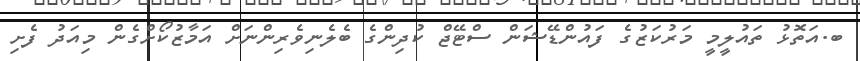
ބ.އަތޮޅު ތައުލީމީ މަރުކަޒުގެ ފައުންޑޭޝަން ސްޓޭޖް ކުދިންގެ ބެލެނިވެރިންނަށް އަމާޒުކޯށްގެން މިއަދު ފެށި